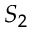
S _ { 2 }